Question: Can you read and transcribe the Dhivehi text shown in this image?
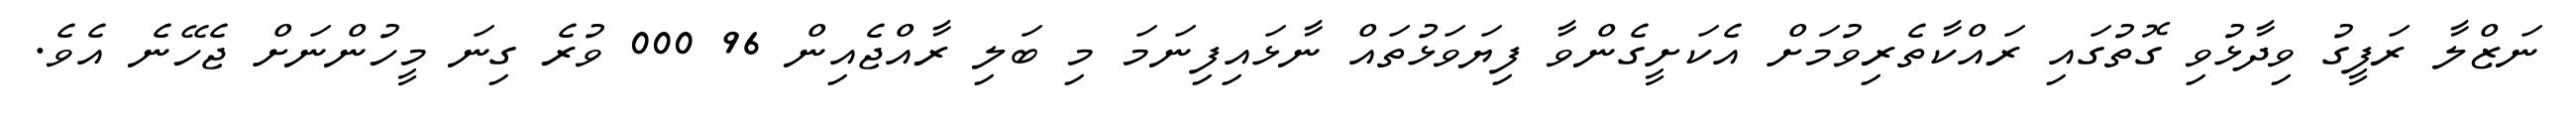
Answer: ނަޒްލާ ރަފީގު ވިދާޅުވި ގޮތުގައި ރައްކާތެރިވުމަށް އެކަށީގެންވާ ފިޔަވަޅުތައް ނާޅައިފިނަމަ މި ބަލި ރާއްޖެއިން 96 000 ވުރެ ގިނަ މީހުންނަށް ޖެހޭނެ އެވެ.